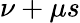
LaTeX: \nu+\mu s